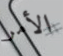
الأمر